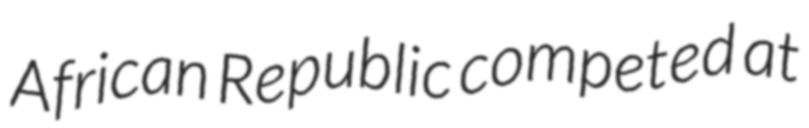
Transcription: African Republic competed at